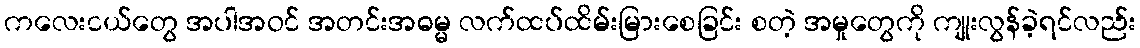
ကလေးငယ်တွေ အပါအဝင် အတင်းအဓမ္မ လက်ထပ်ထိမ်းမြားစေခြင်း စတဲ့ အမှုတွေကို ကျုးလွန်ခဲ့ရင်လည်း